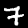
Digit: 7